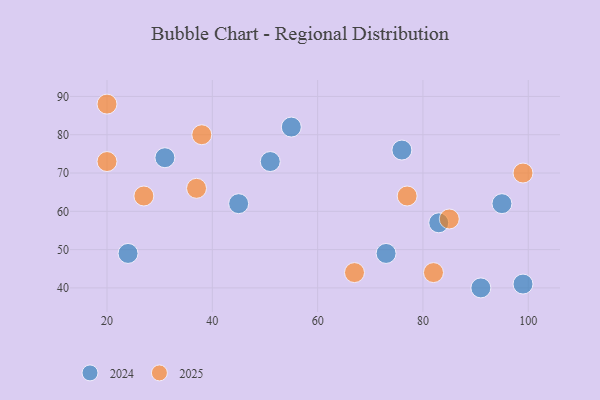
{"axis": {"x": "GDP", "y": "Life Expectancy"}, "legend": ["2024", "2025"], "data": [{"x": "95", "y": 62, "type": "2024"}, {"x": "99", "y": 41, "type": "2024"}, {"x": "76", "y": 76, "type": "2024"}, {"x": "51", "y": 73, "type": "2024"}, {"x": "83", "y": 57, "type": "2024"}, {"x": "73", "y": 49, "type": "2024"}, {"x": "24", "y": 49, "type": "2024"}, {"x": "45", "y": 62, "type": "2024"}, {"x": "31", "y": 74, "type": "2024"}, {"x": "91", "y": 40, "type": "2024"}, {"x": "55", "y": 82, "type": "2024"}, {"x": "77", "y": 64, "type": "2025"}, {"x": "20", "y": 88, "type": "2025"}, {"x": "37", "y": 66, "type": "2025"}, {"x": "27", "y": 64, "type": "2025"}, {"x": "67", "y": 44, "type": "2025"}, {"x": "85", "y": 58, "type": "2025"}, {"x": "99", "y": 70, "type": "2025"}, {"x": "20", "y": 73, "type": "2025"}, {"x": "82", "y": 44, "type": "2025"}, {"x": "38", "y": 80, "type": "2025"}]}